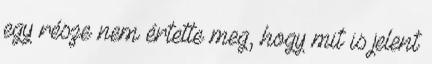
egy része nem értette meg, hogy mit is jelent